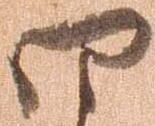
四